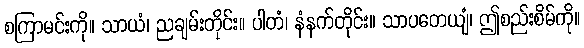
စကြာမင်းကို။ သာယံ၊ ညချမ်းတိုင်း။ ပါတံ၊ နံနက်တိုင်း။ သာပတေယျံ၊ ဤစည်းစိမ်ကို။